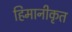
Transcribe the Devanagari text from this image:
हिमानीकृत